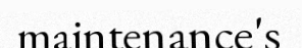
maintenance's